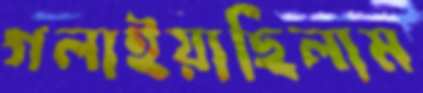
গলাইয়াছিলাম